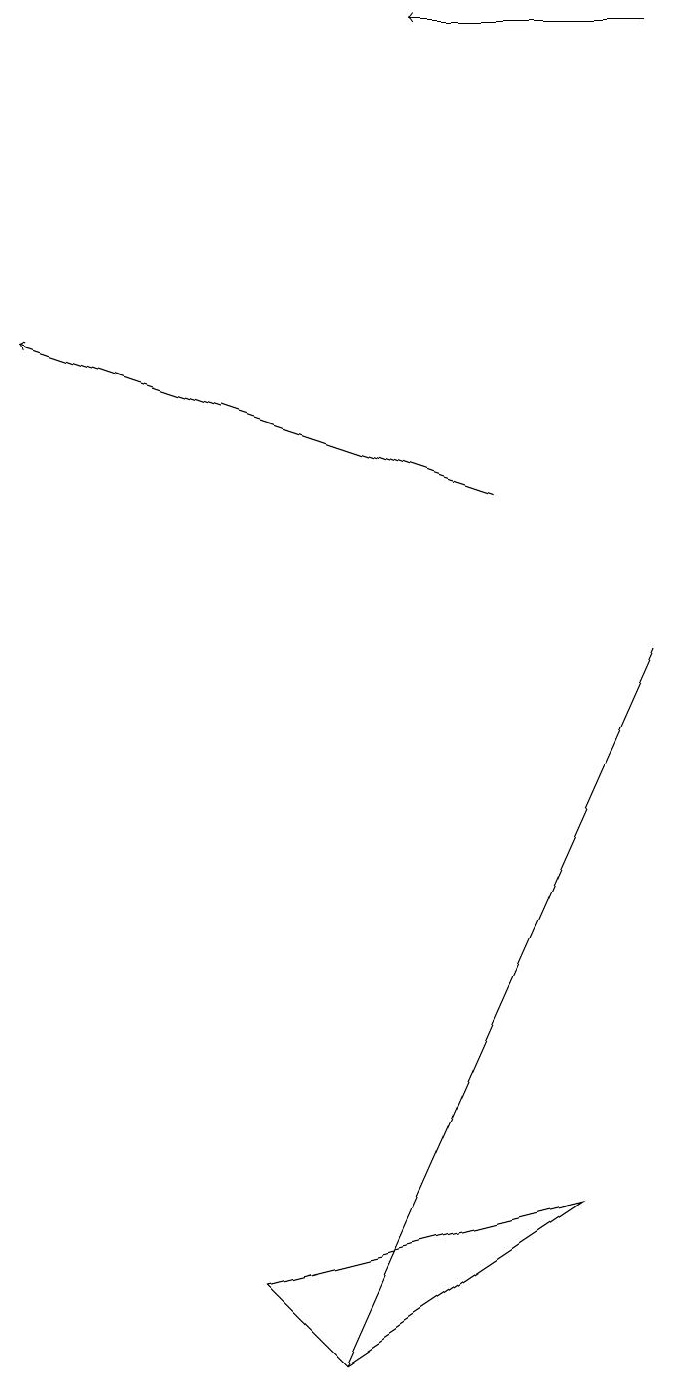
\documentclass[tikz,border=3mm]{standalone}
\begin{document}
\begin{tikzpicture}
\draw (8,9) -- (4,0) -- (8,9) -- cycle;
\draw[->] (8,17) -- (5,17);
\draw (3,1) -- (4,0) -- (7,2) -- cycle;
\draw[->] (6,11) -- (0,13);
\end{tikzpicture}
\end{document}